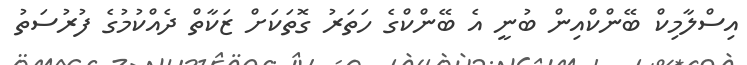
އިސްލާމިކް ބޭންކްއިން ބުނީ އެ ބޭންކްގެ ހަތަރު ގޮތަކަށް ޒަކާތް ދެއްކުމުގެ ފުރުސަތު